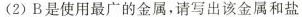
(2)B是使用最广的金属，请写出该金属和盐